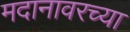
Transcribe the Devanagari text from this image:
मदानावरच्या